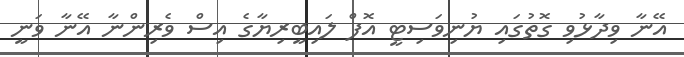
އޭނާ ވިދާޅުވި ގޮތުގައި ޔުނިވަސިޓީ އޮފް ލައިބީރިޔާގެ އިސް ވެރިންނާ އޭނާ ވަނީ